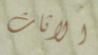
الاثاث